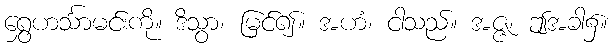
ရွှေဟင်္သာမင်းကို။ ဒိသွာ၊ မြင်၍။ အဟံ၊ ငါသည်။ အဇ္ဇ၊ ဤအခါ၌။